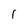
Character: 1